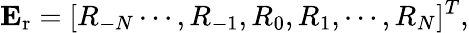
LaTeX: \mathbf{E}_{\mathrm{r}}=[R_{-N}\cdots,R_{-1},R_{0},R_{1},\cdots,R_{N}]^{T},